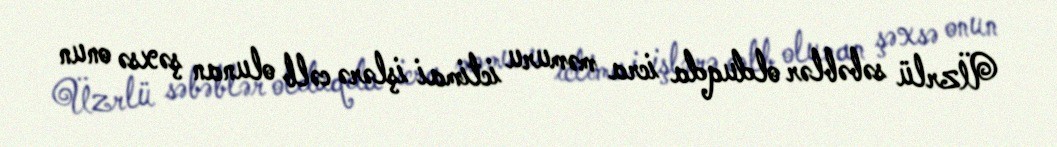
Üzrlü səbəblər olduqda icra məmuru ictimai işlərə cəlb olunan şəxsə onun